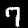
Label: 7